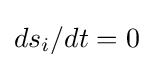
ds_{i}/dt=0